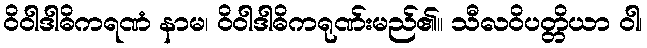
ဝိဝါဒါဓိကရဏံ နာမ၊ ဝိဝါဒါဓိကရုဏ်းမည်၏။ သီလဝိပတ္တိယာ ဝါ၊